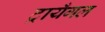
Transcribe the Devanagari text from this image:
ट्रायँगल